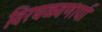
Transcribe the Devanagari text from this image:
विरघळवणार्या